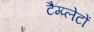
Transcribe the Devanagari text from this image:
टैम्प्लेटों